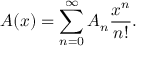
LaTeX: A ( x ) = \sum _ { n = 0 } ^ { \infty } A _ { n } { \frac { x ^ { n } } { n ! } } .